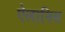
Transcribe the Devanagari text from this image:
ऐलानिस